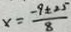
x = \frac { - 9 \pm 2 5 } { 8 }